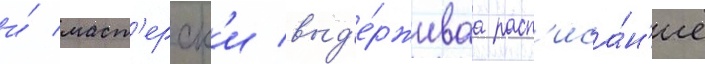
и́ маст'ерск'и выд'е́рживаа расп'иса́н'ие